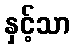
နှင့်သာ